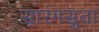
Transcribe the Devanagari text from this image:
सारंगसुता